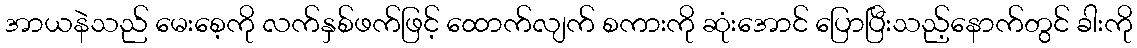
အာယနဲသည် မေးစေ့ကို လက်နှစ်ဖက်ဖြင့် ထောက်လျက် စကားကို ဆုံးအောင် ပြောပြီးသည့်နောက်တွင် ခါးကို